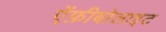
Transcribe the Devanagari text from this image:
ऐंफ़ीबोलाइट